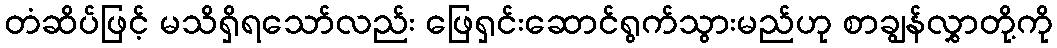
တံဆိပ်ဖြင့် မသိရှိရသော်လည်း ဖြေရှင်းဆောင်ရွက်သွားမည်ဟု စာချွန်လွှာတို့ကို